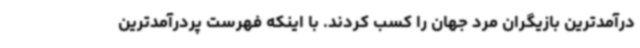
درآمدترین بازیگران مرد جهان را کسب کردند. با اینکه فهرست پردرآمدترین